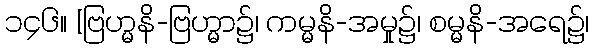
၁၄၆။ [ဗြဟ္မနိ-ဗြဟ္မာ၌၊ ကမ္မနိ-အမှု၌၊ စမ္မနိ-အရေ၌၊